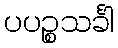
ပပဉ္စသင်္ခါ